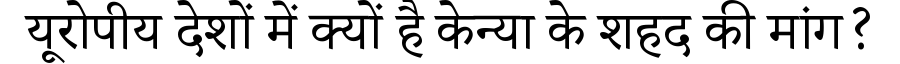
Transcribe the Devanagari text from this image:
यूरोपीय देशों में क्यों है केन्या के शहद की मांग?